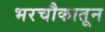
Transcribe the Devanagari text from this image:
भरचौकातून